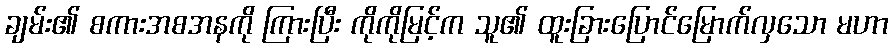
ချမ်း၏ စကားအစအနကို ကြားပြီး ကိုကိုမြင့်က သူ၏ ထူးခြားပြောင်မြောက်လှသော မဟာ